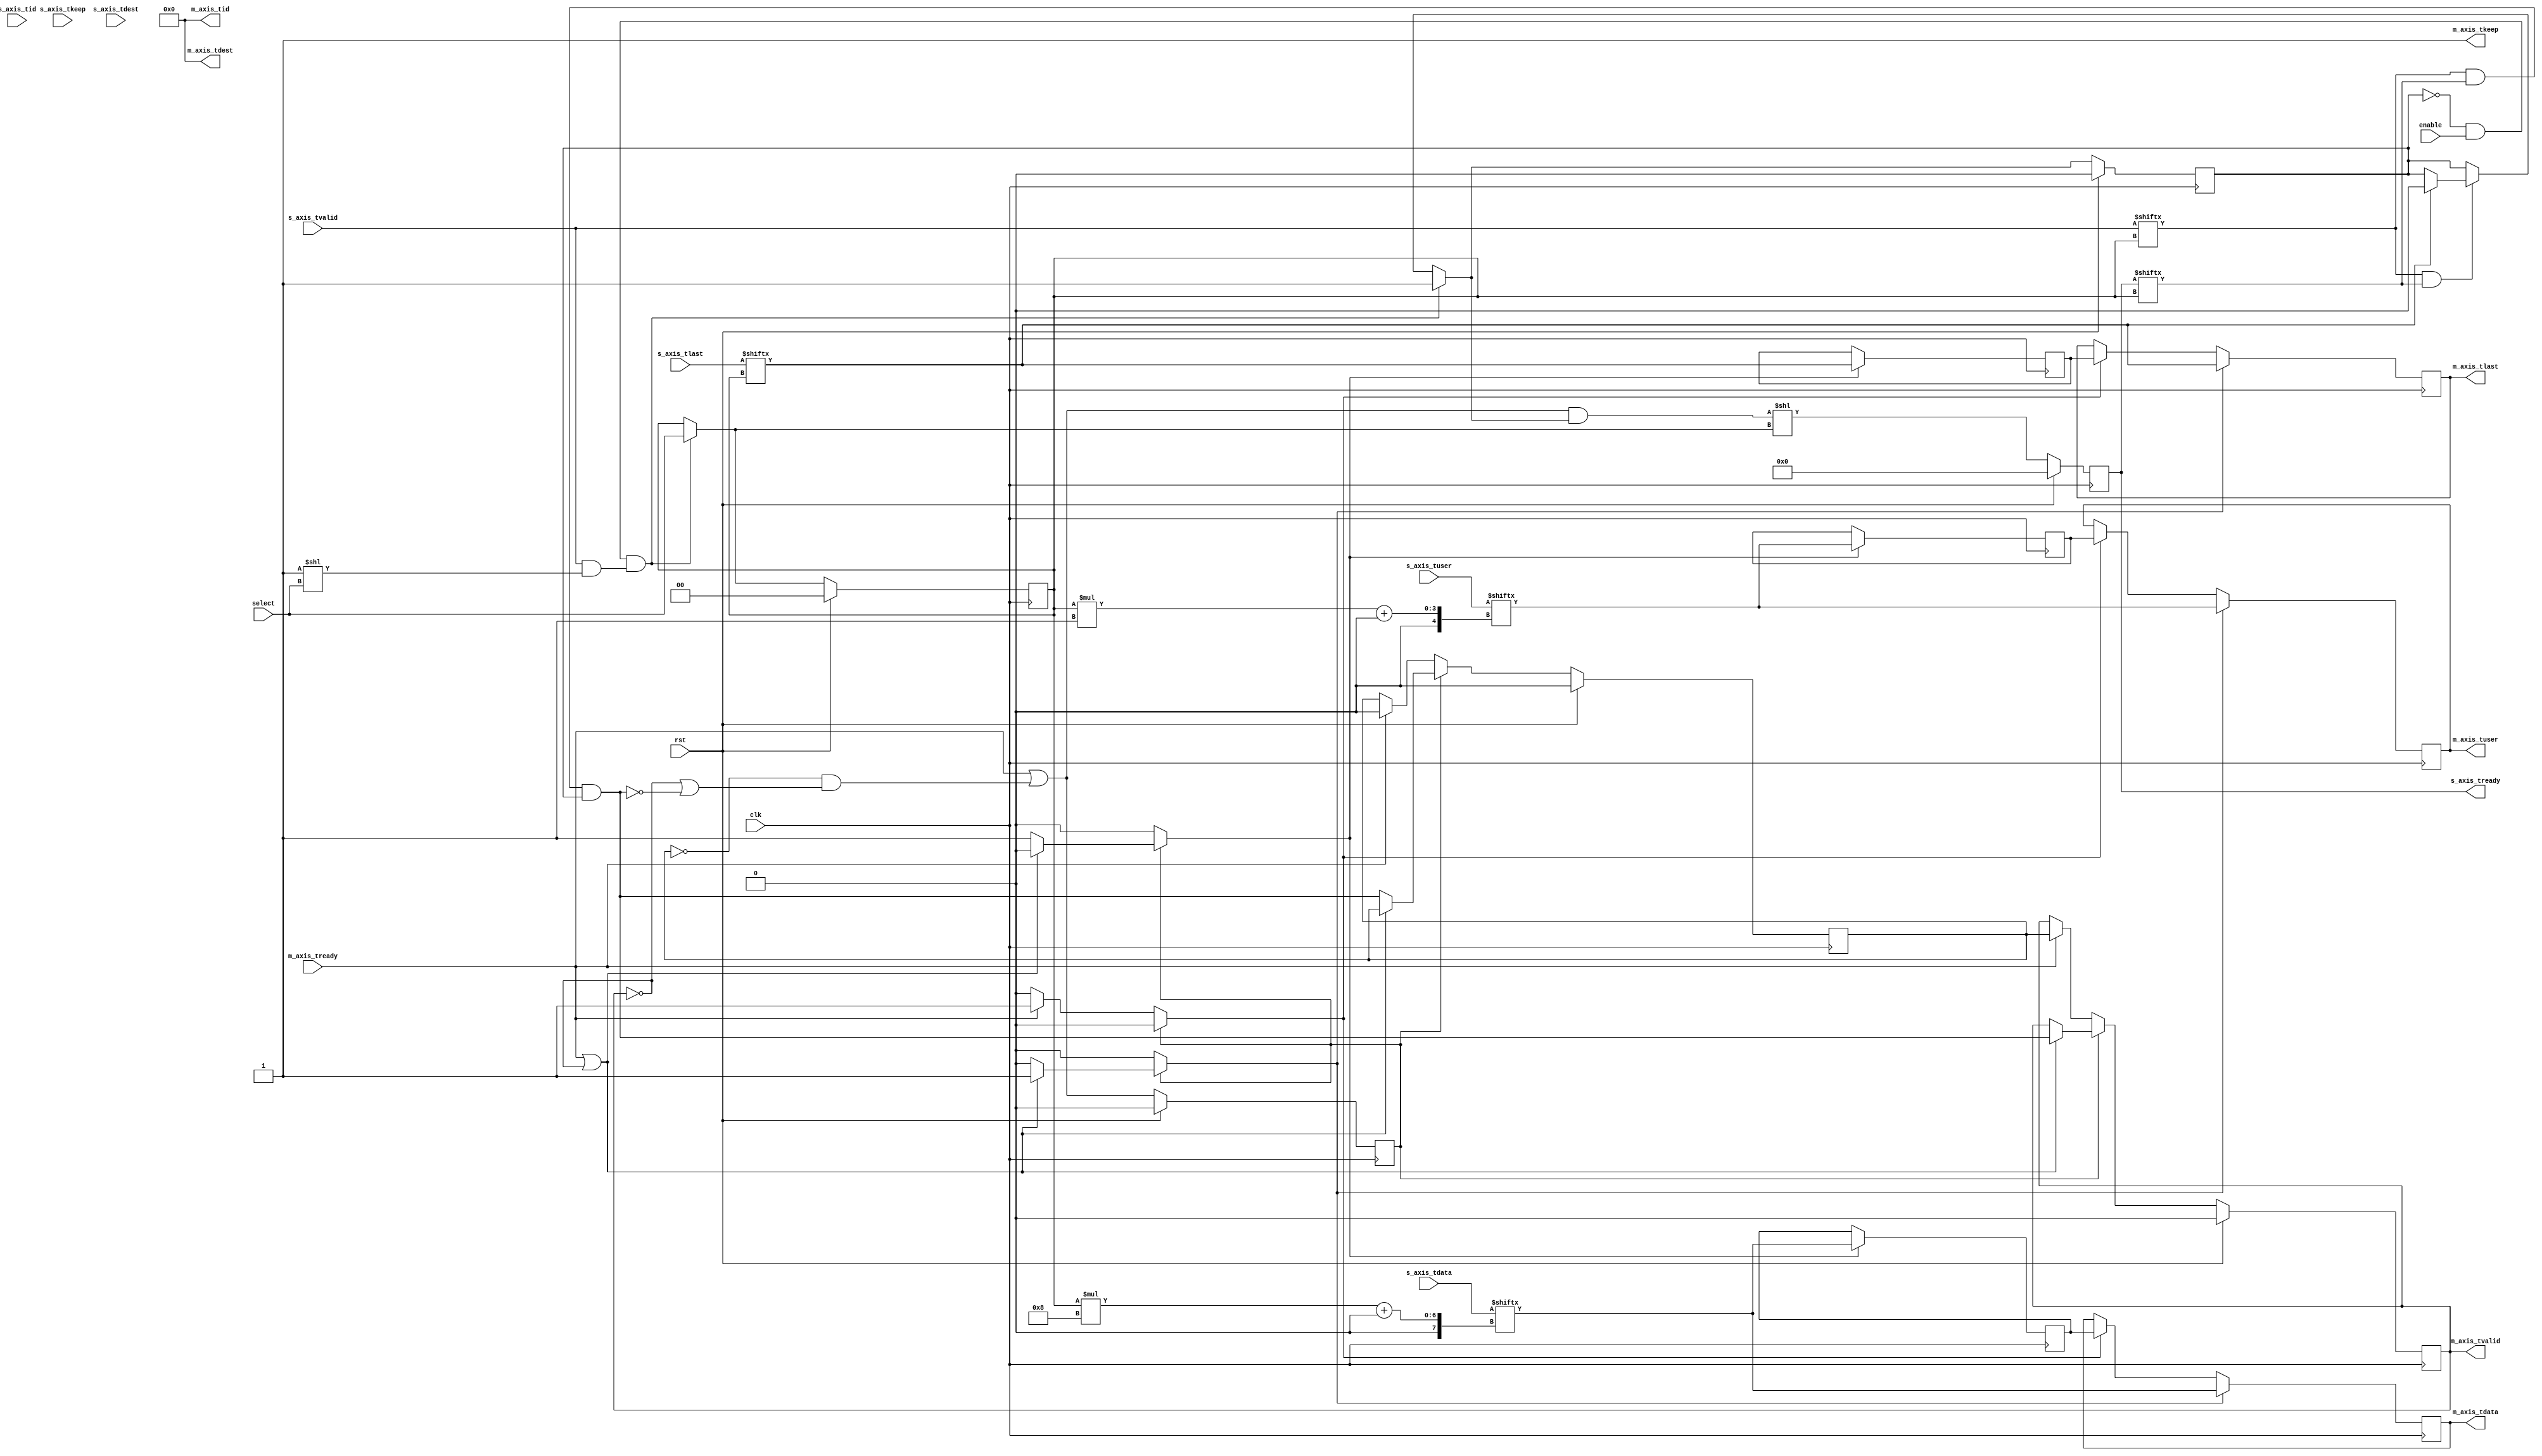
module axis_mux #
(
    // Number of AXI stream inputs
    parameter S_COUNT = 4,
    // Width of AXI stream interfaces in bits
    parameter DATA_WIDTH = 8,
    // Propagate tkeep signal
    parameter KEEP_ENABLE = (DATA_WIDTH>8),
    // tkeep signal width (words per cycle)
    parameter KEEP_WIDTH = (DATA_WIDTH/8),
    // Propagate tid signal
    parameter ID_ENABLE = 0,
    // tid signal width
    parameter ID_WIDTH = 8,
    // Propagate tdest signal
    parameter DEST_ENABLE = 0,
    // tdest signal width
    parameter DEST_WIDTH = 8,
    // Propagate tuser signal
    parameter USER_ENABLE = 1,
    // tuser signal width
    parameter USER_WIDTH = 1
)
(
    input  wire                          clk,
    input  wire                          rst,
    /*
     */
    input  wire [S_COUNT*DATA_WIDTH-1:0] s_axis_tdata,
    input  wire [S_COUNT*KEEP_WIDTH-1:0] s_axis_tkeep,
    input  wire [S_COUNT-1:0]            s_axis_tvalid,
    output wire [S_COUNT-1:0]            s_axis_tready,
    input  wire [S_COUNT-1:0]            s_axis_tlast,
    input  wire [S_COUNT*ID_WIDTH-1:0]   s_axis_tid,
    input  wire [S_COUNT*DEST_WIDTH-1:0] s_axis_tdest,
    input  wire [S_COUNT*USER_WIDTH-1:0] s_axis_tuser,
    /*
     */
    output wire [DATA_WIDTH-1:0]         m_axis_tdata,
    output wire [KEEP_WIDTH-1:0]         m_axis_tkeep,
    output wire                          m_axis_tvalid,
    input  wire                          m_axis_tready,
    output wire                          m_axis_tlast,
    output wire [ID_WIDTH-1:0]           m_axis_tid,
    output wire [DEST_WIDTH-1:0]         m_axis_tdest,
    output wire [USER_WIDTH-1:0]         m_axis_tuser,
    /*
     */
    input  wire                          enable,
    input  wire [$clog2(S_COUNT)-1:0]    select
);
parameter CL_S_COUNT = $clog2(S_COUNT);
reg [CL_S_COUNT-1:0] select_reg = 2'd0, select_next;
reg frame_reg = 1'b0, frame_next;
reg [S_COUNT-1:0] s_axis_tready_reg = 0, s_axis_tready_next;
// internal datapath
reg  [DATA_WIDTH-1:0] m_axis_tdata_int;
reg  [KEEP_WIDTH-1:0] m_axis_tkeep_int;
reg                   m_axis_tvalid_int;
reg                   m_axis_tready_int_reg = 1'b0;
reg                   m_axis_tlast_int;
reg  [ID_WIDTH-1:0]   m_axis_tid_int;
reg  [DEST_WIDTH-1:0] m_axis_tdest_int;
reg  [USER_WIDTH-1:0] m_axis_tuser_int;
wire                  m_axis_tready_int_early;
assign s_axis_tready = s_axis_tready_reg;
// mux for incoming packet
wire [DATA_WIDTH-1:0] current_s_tdata  = s_axis_tdata[select_reg*DATA_WIDTH +: DATA_WIDTH];
wire [KEEP_WIDTH-1:0] current_s_tkeep  = s_axis_tkeep[select_reg*KEEP_WIDTH +: KEEP_WIDTH];
wire                  current_s_tvalid = s_axis_tvalid[select_reg];
wire                  current_s_tready = s_axis_tready[select_reg];
wire                  current_s_tlast  = s_axis_tlast[select_reg];
wire [ID_WIDTH-1:0]   current_s_tid    = s_axis_tid[select_reg*ID_WIDTH +: ID_WIDTH];
wire [DEST_WIDTH-1:0] current_s_tdest  = s_axis_tdest[select_reg*DEST_WIDTH +: DEST_WIDTH];
wire [USER_WIDTH-1:0] current_s_tuser  = s_axis_tuser[select_reg*USER_WIDTH +: USER_WIDTH];
always @* begin
    select_next = select_reg;
    frame_next = frame_reg;
    s_axis_tready_next = 0;
    if (current_s_tvalid & current_s_tready) begin
        // end of frame detection
        if (current_s_tlast) begin
            frame_next = 1'b0;
        end
    end
    if (!frame_reg && enable && (s_axis_tvalid & (1 << select))) begin
        // start of frame, grab select value
        frame_next = 1'b1;
        select_next = select;
    end
    // generate ready signal on selected port
    s_axis_tready_next = (m_axis_tready_int_early && frame_next) << select_next;
    // pass through selected packet data
    m_axis_tdata_int  = current_s_tdata;
    m_axis_tkeep_int  = current_s_tkeep;
    m_axis_tvalid_int = current_s_tvalid && current_s_tready && frame_reg;
    m_axis_tlast_int  = current_s_tlast;
    m_axis_tid_int    = current_s_tid;
    m_axis_tdest_int  = current_s_tdest;
    m_axis_tuser_int  = current_s_tuser;
end
always @(posedge clk) begin
    if (rst) begin
        select_reg <= 0;
        frame_reg <= 1'b0;
        s_axis_tready_reg <= 0;
    end else begin
        select_reg <= select_next;
        frame_reg <= frame_next;
        s_axis_tready_reg <= s_axis_tready_next;
    end
end
// output datapath logic
reg [DATA_WIDTH-1:0] m_axis_tdata_reg  = {DATA_WIDTH{1'b0}};
reg [KEEP_WIDTH-1:0] m_axis_tkeep_reg  = {KEEP_WIDTH{1'b0}};
reg                  m_axis_tvalid_reg = 1'b0, m_axis_tvalid_next;
reg                  m_axis_tlast_reg  = 1'b0;
reg [ID_WIDTH-1:0]   m_axis_tid_reg    = {ID_WIDTH{1'b0}};
reg [DEST_WIDTH-1:0] m_axis_tdest_reg  = {DEST_WIDTH{1'b0}};
reg [USER_WIDTH-1:0] m_axis_tuser_reg  = {USER_WIDTH{1'b0}};
reg [DATA_WIDTH-1:0] temp_m_axis_tdata_reg  = {DATA_WIDTH{1'b0}};
reg [KEEP_WIDTH-1:0] temp_m_axis_tkeep_reg  = {KEEP_WIDTH{1'b0}};
reg                  temp_m_axis_tvalid_reg = 1'b0, temp_m_axis_tvalid_next;
reg                  temp_m_axis_tlast_reg  = 1'b0;
reg [ID_WIDTH-1:0]   temp_m_axis_tid_reg    = {ID_WIDTH{1'b0}};
reg [DEST_WIDTH-1:0] temp_m_axis_tdest_reg  = {DEST_WIDTH{1'b0}};
reg [USER_WIDTH-1:0] temp_m_axis_tuser_reg  = {USER_WIDTH{1'b0}};
// datapath control
reg store_axis_int_to_output;
reg store_axis_int_to_temp;
reg store_axis_temp_to_output;
assign m_axis_tdata  = m_axis_tdata_reg;
assign m_axis_tkeep  = KEEP_ENABLE ? m_axis_tkeep_reg : {KEEP_WIDTH{1'b1}};
assign m_axis_tvalid = m_axis_tvalid_reg;
assign m_axis_tlast  = m_axis_tlast_reg;
assign m_axis_tid    = ID_ENABLE   ? m_axis_tid_reg   : {ID_WIDTH{1'b0}};
assign m_axis_tdest  = DEST_ENABLE ? m_axis_tdest_reg : {DEST_WIDTH{1'b0}};
assign m_axis_tuser  = USER_ENABLE ? m_axis_tuser_reg : {USER_WIDTH{1'b0}};
// enable ready input next cycle if output is ready or the temp reg will not be filled on the next cycle (output reg empty or no input)
assign m_axis_tready_int_early = m_axis_tready || (!temp_m_axis_tvalid_reg && (!m_axis_tvalid_reg || !m_axis_tvalid_int));
always @* begin
    // transfer sink ready state to source
    m_axis_tvalid_next = m_axis_tvalid_reg;
    temp_m_axis_tvalid_next = temp_m_axis_tvalid_reg;
    store_axis_int_to_output = 1'b0;
    store_axis_int_to_temp = 1'b0;
    store_axis_temp_to_output = 1'b0;
    if (m_axis_tready_int_reg) begin
        // input is ready
        if (m_axis_tready || !m_axis_tvalid_reg) begin
            // output is ready or currently not valid, transfer data to output
            m_axis_tvalid_next = m_axis_tvalid_int;
            store_axis_int_to_output = 1'b1;
        end else begin
            // output is not ready, store input in temp
            temp_m_axis_tvalid_next = m_axis_tvalid_int;
            store_axis_int_to_temp = 1'b1;
        end
    end else if (m_axis_tready) begin
        // input is not ready, but output is ready
        m_axis_tvalid_next = temp_m_axis_tvalid_reg;
        temp_m_axis_tvalid_next = 1'b0;
        store_axis_temp_to_output = 1'b1;
    end
end
always @(posedge clk) begin
    if (rst) begin
        m_axis_tvalid_reg <= 1'b0;
        m_axis_tready_int_reg <= 1'b0;
        temp_m_axis_tvalid_reg <= 1'b0;
    end else begin
        m_axis_tvalid_reg <= m_axis_tvalid_next;
        m_axis_tready_int_reg <= m_axis_tready_int_early;
        temp_m_axis_tvalid_reg <= temp_m_axis_tvalid_next;
    end
    // datapath
    if (store_axis_int_to_output) begin
        m_axis_tdata_reg <= m_axis_tdata_int;
        m_axis_tkeep_reg <= m_axis_tkeep_int;
        m_axis_tlast_reg <= m_axis_tlast_int;
        m_axis_tid_reg   <= m_axis_tid_int;
        m_axis_tdest_reg <= m_axis_tdest_int;
        m_axis_tuser_reg <= m_axis_tuser_int;
    end else if (store_axis_temp_to_output) begin
        m_axis_tdata_reg <= temp_m_axis_tdata_reg;
        m_axis_tkeep_reg <= temp_m_axis_tkeep_reg;
        m_axis_tlast_reg <= temp_m_axis_tlast_reg;
        m_axis_tid_reg   <= temp_m_axis_tid_reg;
        m_axis_tdest_reg <= temp_m_axis_tdest_reg;
        m_axis_tuser_reg <= temp_m_axis_tuser_reg;
    end
    if (store_axis_int_to_temp) begin
        temp_m_axis_tdata_reg <= m_axis_tdata_int;
        temp_m_axis_tkeep_reg <= m_axis_tkeep_int;
        temp_m_axis_tlast_reg <= m_axis_tlast_int;
        temp_m_axis_tid_reg   <= m_axis_tid_int;
        temp_m_axis_tdest_reg <= m_axis_tdest_int;
        temp_m_axis_tuser_reg <= m_axis_tuser_int;
    end
end
endmodule